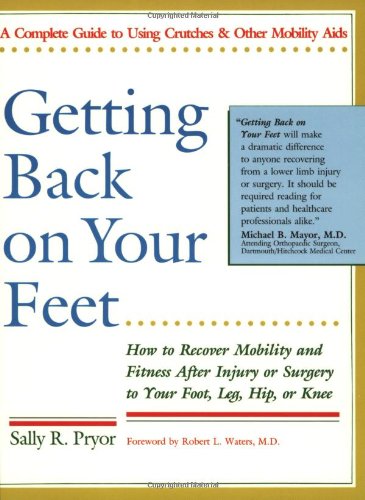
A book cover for Getting Back on Your Feet: How to Recover Mobility and Fitness After Injury or Surgery to Your Foot, Leg, Hip, or Knee; Sally R. Pryor; Health, Fitness & Dieting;